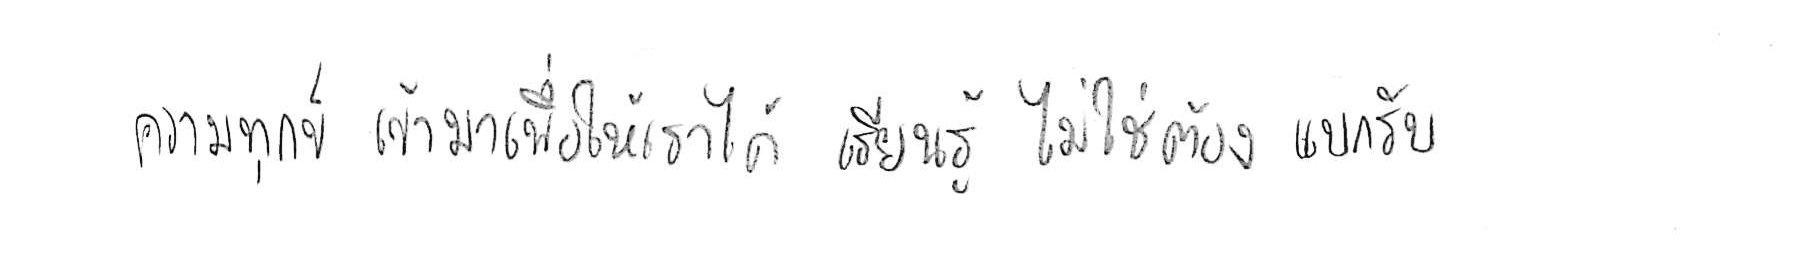
ความทุกข์ เข้ามาเพื่อให้เราได้ เรียนรู้ ไม่ใช่ต้อง แบกรับ